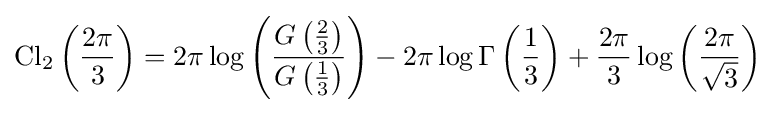
\operatorname {Cl} _{2}\left({\frac {2\pi }{3}}\right)=2\pi \log \left({\frac {G\left({\frac {2}{3}}\right)}{G\left({\frac {1}{3}}\right)}}\right)-2\pi \log \Gamma \left({\frac {1}{3}}\right)+{\frac {2\pi }{3}}\log \left({\frac {2\pi }{\sqrt {3}}}\right)